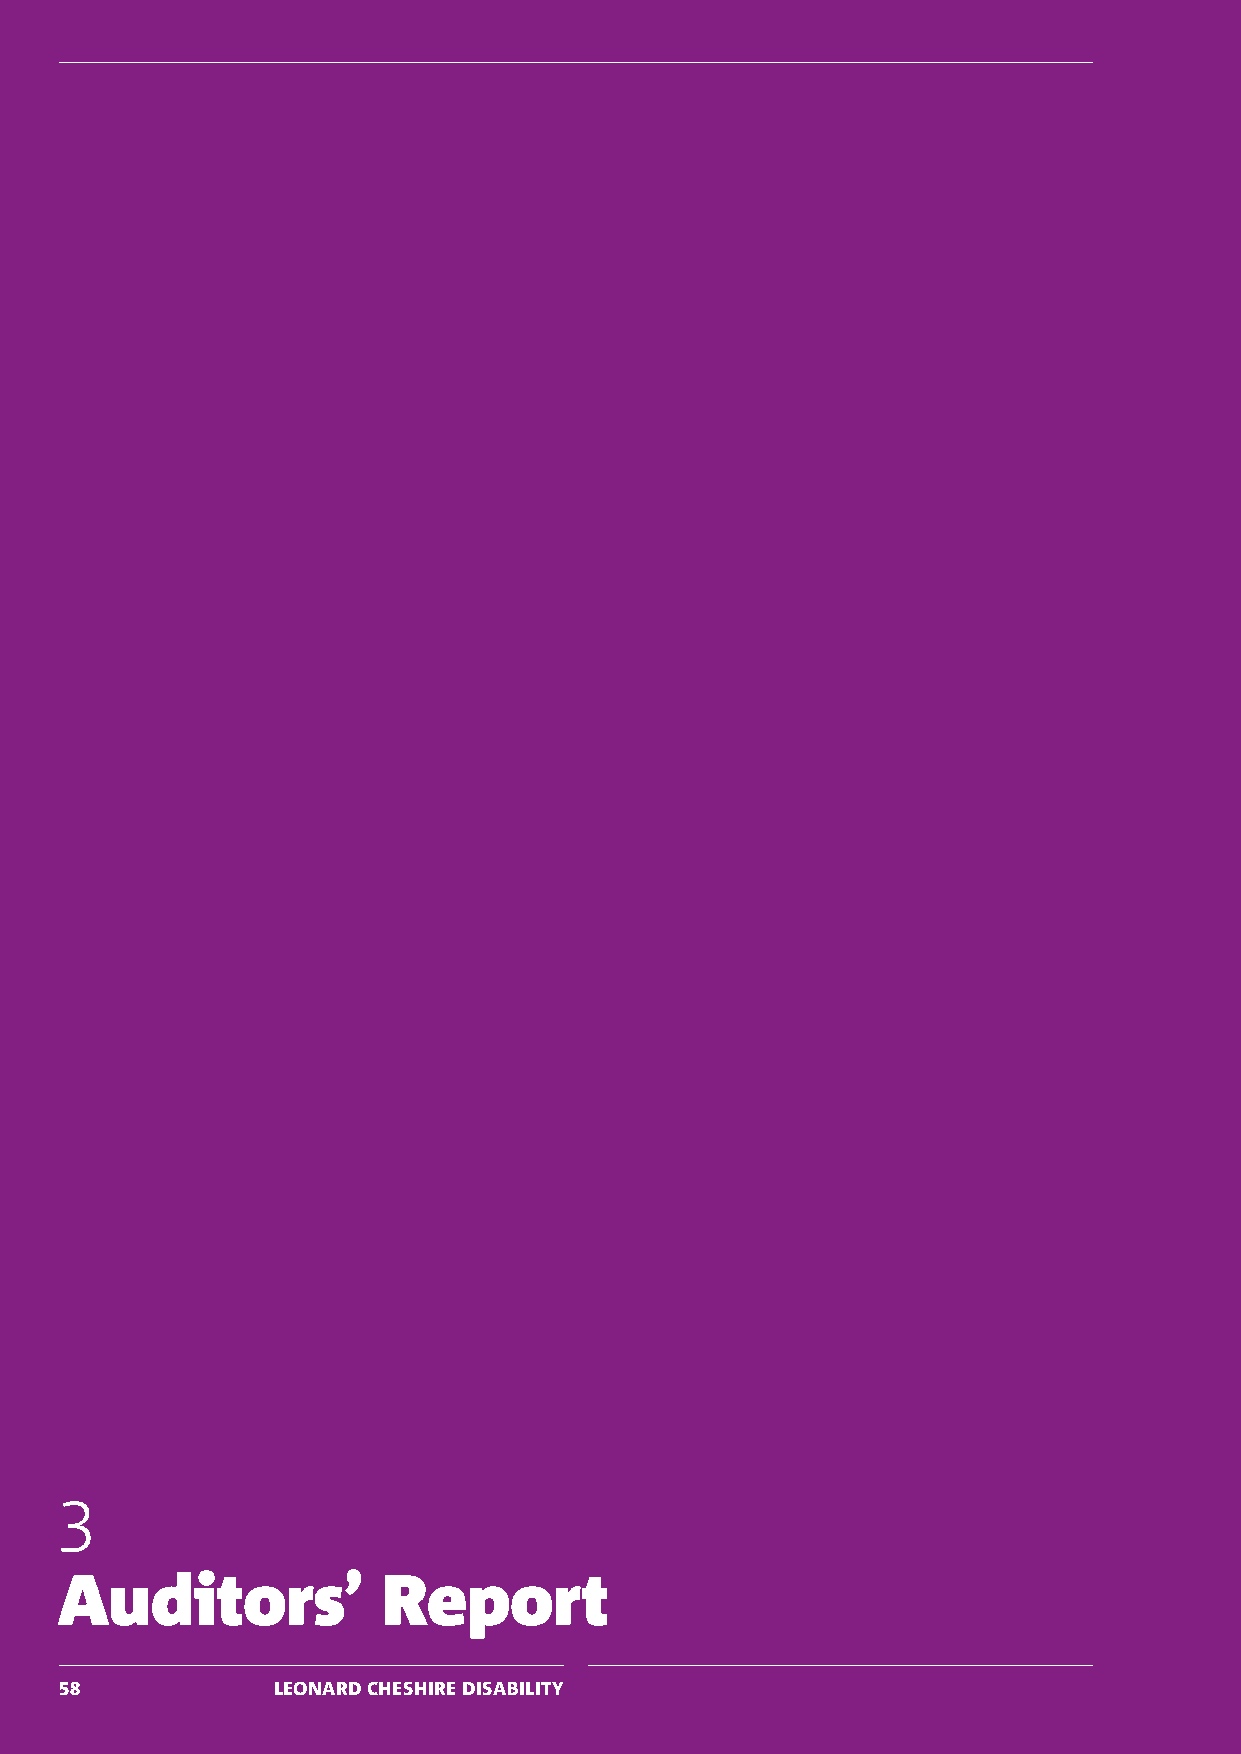
3
 Auditors’            Report
 58            LEONARD CHESHIRE DISABILITY